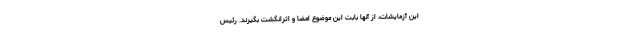
این آزمایشات، از آنها بابت این موضوع امضا و اثرانگشت بگیرند. رئیس